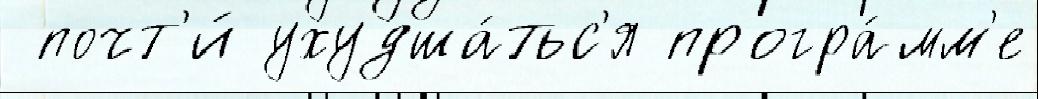
 почт'и́ ухудша́тьс'я програ́мм'е